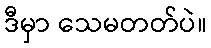
ဒီမှာ သေမတတ်ပဲ။